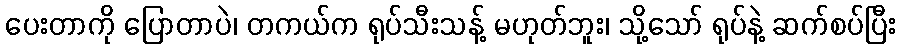
ပေးတာကို ပြောတာပဲ၊ တကယ်က ရုပ်သီးသန့် မဟုတ်ဘူး၊ သို့သော် ရုပ်နဲ့ ဆက်စပ်ပြီး